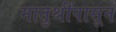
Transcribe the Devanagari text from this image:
मातुश्रींपासून